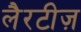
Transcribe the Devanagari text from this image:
लैरटीज़